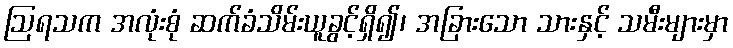
ဩရသက အလုံးစုံ ဆက်ခံသိမ်းယူခွင့်ရှိ၍၊ အခြားသော သားနှင့် သမီးများမှာ